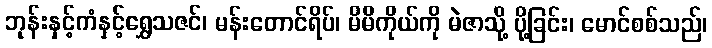
ဘုန်းနှင့်ကံနှင့်ရွှေသဇင်၊ မန်းတောင်ရိပ်၊ မိမိကိုယ်ကို မဲဇာသို့ ပို့ခြင်း၊ မောင်စစ်သည်၊